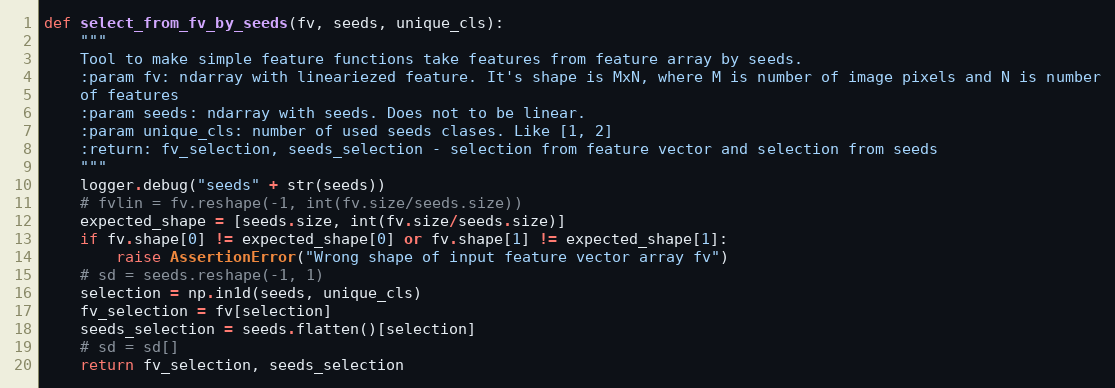
Language: Python
def select_from_fv_by_seeds(fv, seeds, unique_cls):
    """
    Tool to make simple feature functions take features from feature array by seeds.
    :param fv: ndarray with lineariezed feature. It's shape is MxN, where M is number of image pixels and N is number
    of features
    :param seeds: ndarray with seeds. Does not to be linear.
    :param unique_cls: number of used seeds clases. Like [1, 2]
    :return: fv_selection, seeds_selection - selection from feature vector and selection from seeds
    """
    logger.debug("seeds" + str(seeds))
    # fvlin = fv.reshape(-1, int(fv.size/seeds.size))
    expected_shape = [seeds.size, int(fv.size/seeds.size)]
    if fv.shape[0] != expected_shape[0] or fv.shape[1] != expected_shape[1]:
        raise AssertionError("Wrong shape of input feature vector array fv")
    # sd = seeds.reshape(-1, 1)
    selection = np.in1d(seeds, unique_cls)
    fv_selection = fv[selection]
    seeds_selection = seeds.flatten()[selection]
    # sd = sd[]
    return fv_selection, seeds_selection